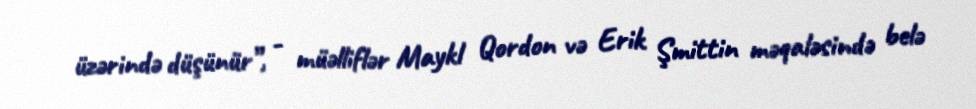
üzərində düşünür”, - müəlliflər Maykl Qordon və Erik Şmittin məqaləsində belə